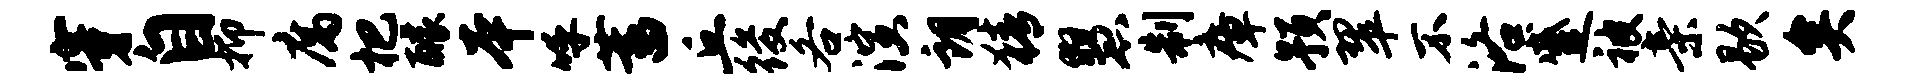
穿自抑腐杷醵本呼蓄丘後各演朗猜慧制瘴预翠不洛蹙被亲歇矣